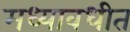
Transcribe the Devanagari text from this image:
मध्यावधीत